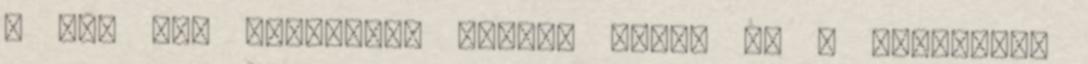
; 385 éve született Kájoni János kb , Kiskaján,